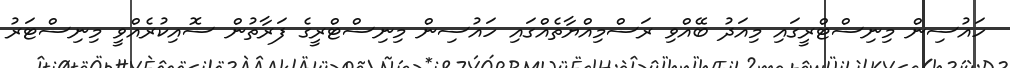
ހައުސިން މިނިސްޓްރީގައި މިއަދު ބޭއްވި ރަސްމިއްޔާތެއްގައި ހައުސިން މިނިސްޓްރީގެ ފަރާތުން ސޮއިކުރެއްވީ މިނިސްޓަރު